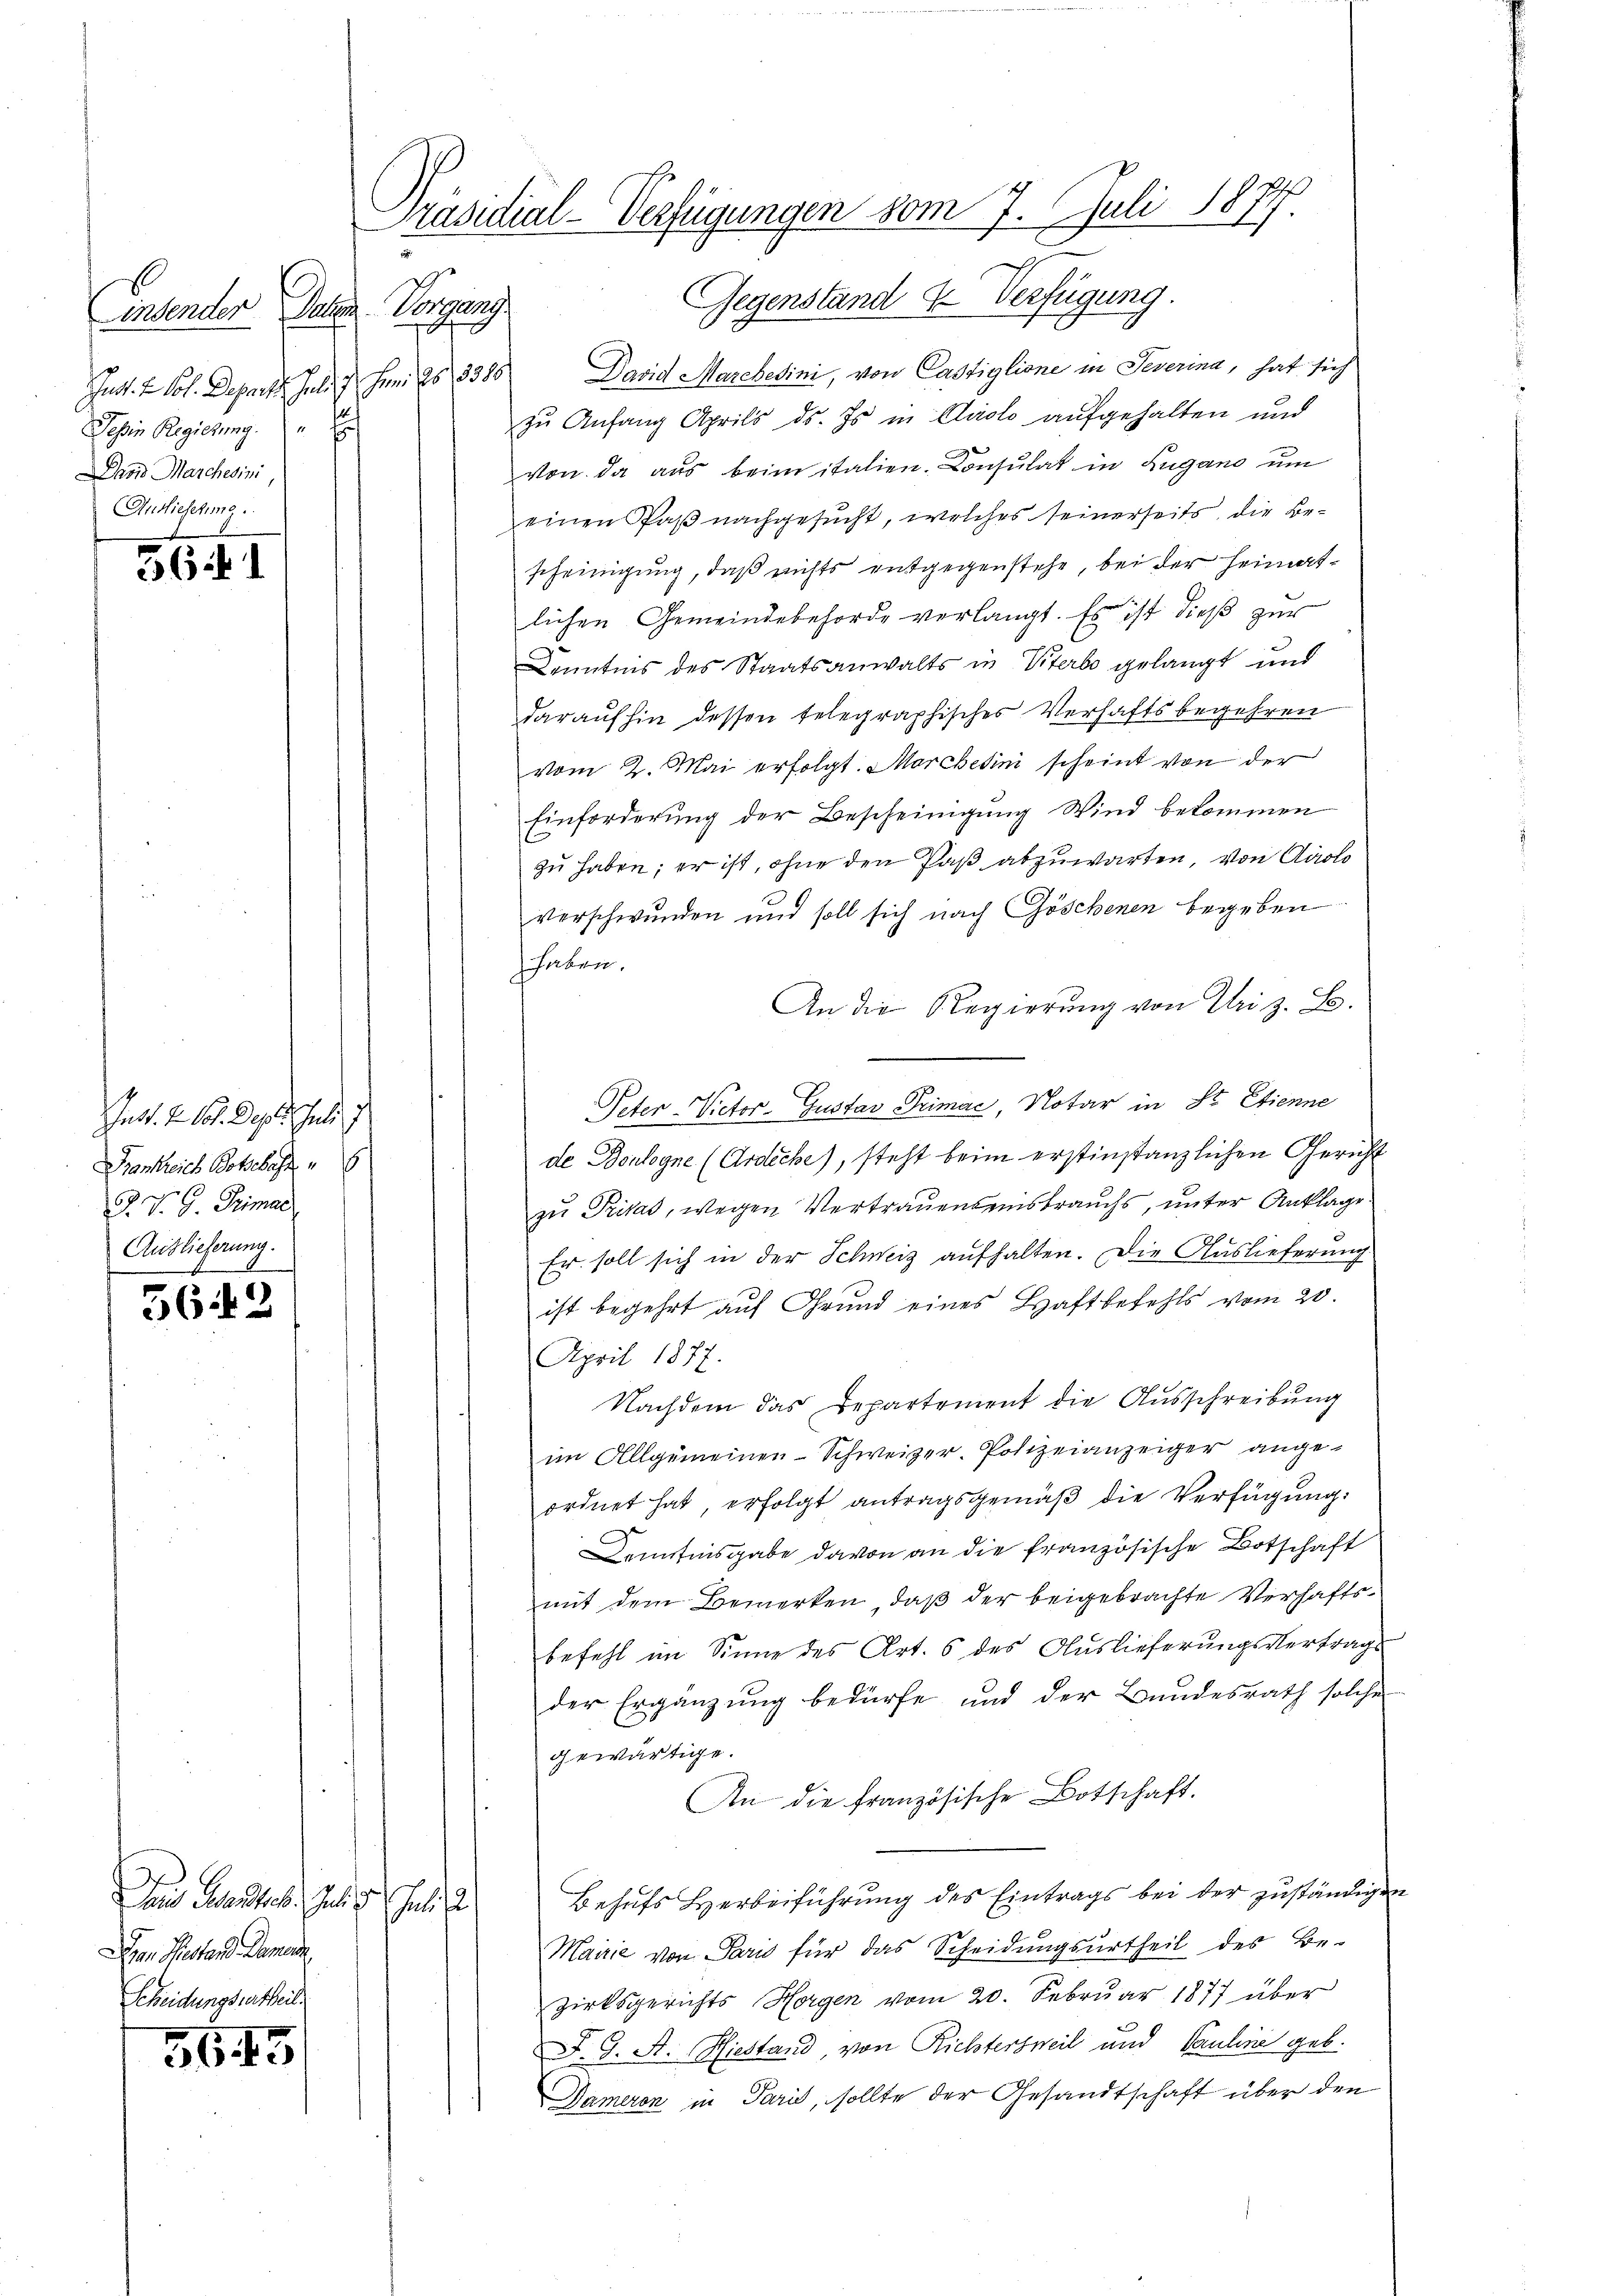
Linsender
Jut. v. Joh. Departsch Geld 17. Juni 28. 3385
Tessin Regierung
hois Marchesini
Ausieschme

56 f. 1

Int. 2. 101. Depot Juli 1
Frankreich Botschaft
J. V. G. Primar
Auslieferung.

f
5642

Den Marties seitige Juli a
 Pestand Damen
Scheidungsvertheil.

365

Präsidial-Verfügungen vom 7. Juli 1877
Gegenstand & Verfügung
Jelen Vorgang

David Marchesini, von Cassiglione in Severina, hat sich
zu Anfang Aprils ds. Es in Airolo aufgehalten und
von da aus beim italien. Consulat in Zugano um
einen Paß nachgesucht, welches seinerseits, die Bescheinigung, daß nichts entgegenstehe, bei der Heimatlichen Gemeindebehörde verlangt. Es ist dieß zur
Kenntens des Staatsanwalts in Viterbe gelangt und
daraufhin dessen telegraphisches Verhaftsbegehren
vom 2. Mai erfolgt. Marchetini scheint von der
Einforderung der Bescheinigung Wind bekommen
zu haben; er ist, ohne den Paß abzuwarten, von Airolo
verschwunden und soll sich nach Göschenen begeben
haben.
An die Regierung von Uri z. B.
Peter-Victor-Gustav Primae Notar in St. Etienne
de Doulogne (Ardiche), steht beim erstinstanzlichen Gericht
zu Pritas, wegen Vertrauenseinsbrauchs, unter Anklage.
Er soll sich in der Schweiz aufhalten. Die Auslieferung
ist begehrt auf Grund eines Haftbefehls vom 20.
April 1877.
Nachdem das Departement die Ausschreibung
im Allgemeinen Schweizer. Polizeianzeiger angeordnet hat, erfolgt antragsgemäß die Verfügung:
Denfisgabe davon an die französische Botschaft
mit dem Bemerken, daß der beigebrachte Verhaftsbefehl im Sinne des Art. 6 des Auslieferungsvertrags
der Ergänzung bedürfe und der Bundesrath solche
gewärtige.
An die Französische Botschaft.
Behufs Herbeiführung des Eintrags bei der zuständigen
Mairie von Paris für das Scheidŭngsŭrtheil des Be-
zirksgerichts Horgen vom 20. Februar 1877 über
F. G. A. Hiestand von Richtersweil und Pauline geb.
Dameren in Paris, sollte der Gesandtschaft über den